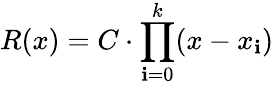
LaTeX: R(x)=C\cdot\prod_{\mathbf{i}=0}^{k}(x-x_{\mathbf{i}})